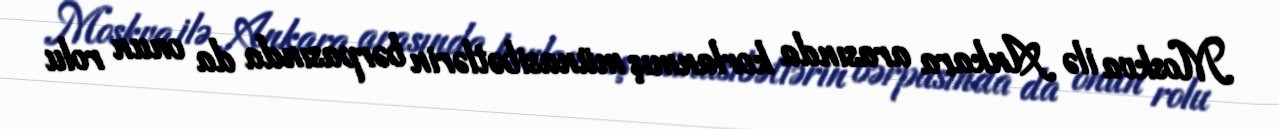
Moskva ilə Ankara arasında korlanmış münasibətlərin bərpasında da onun rolu